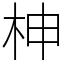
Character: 柛